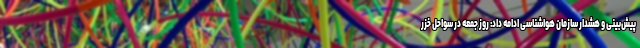
پیش‌بینی و هشدار سازمان هواشناسی ادامه داد: روز جمعه در سواحل خزر